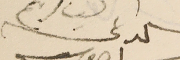
الداعى